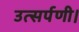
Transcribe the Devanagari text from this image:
उत्सर्पणी।